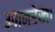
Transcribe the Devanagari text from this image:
उठानरेखा